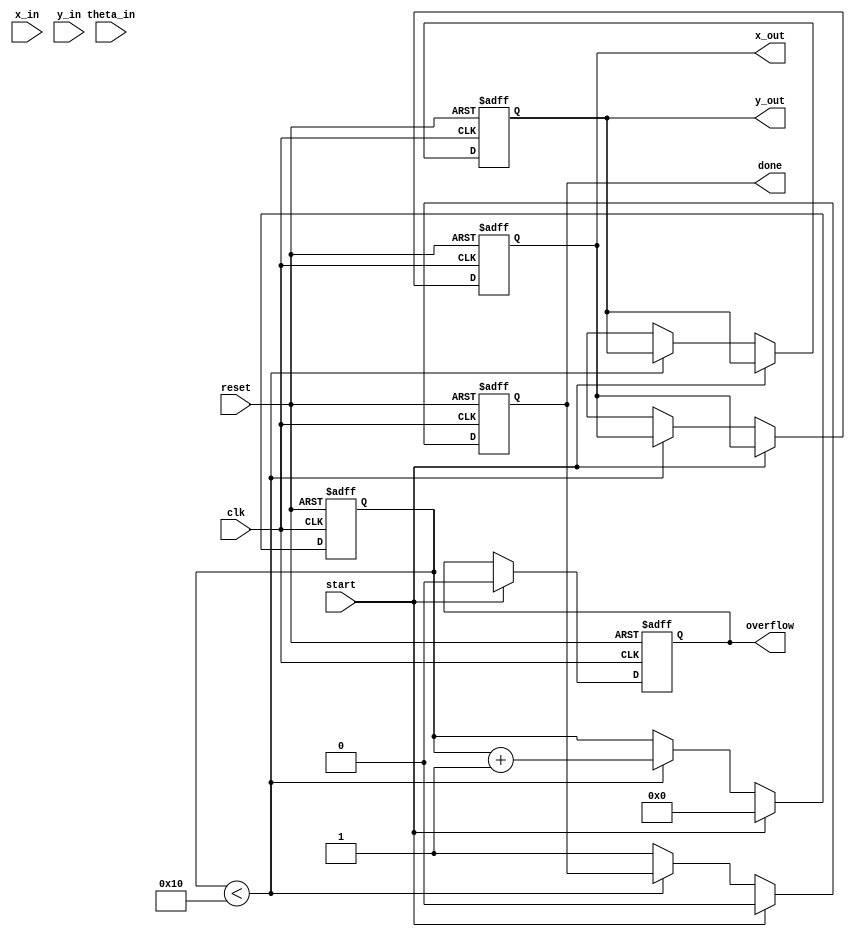
module cordic_2d (
    input clk,
    input reset,
    input start,
    input [15:0] x_in,      // Input x coordinate
    input [15:0] y_in,      // Input y coordinate
    input [15:0] theta_in,  // Input angle in radians (scaled)
    output reg [15:0] x_out, // Output x coordinate
    output reg [15:0] y_out, // Output y coordinate
    output reg done,        // Operation complete flag
    output reg overflow     // Overflow flag
);

    // CORDIC parameters
    parameter NUM_ITERATIONS = 16; // Number of iterations
    reg [15:0] x[0:NUM_ITERATIONS-1]; // x values for each iteration
    reg [15:0] y[0:NUM_ITERATIONS-1]; // y values for each iteration
    reg [15:0] theta[0:NUM_ITERATIONS-1]; // angles for each iteration
    reg [15:0] z; // Current angle
    reg [3:0] iteration; // Iteration counter
    reg direction; // Direction of rotation

    // Pre-computed angles for CORDIC (in fixed point)
    initial begin
        theta[0] = 16'h3243; // atan(1) in fixed point
        theta[1] = 16'h1DAC; // atan(0.5)
        theta[2] = 16'h0F12; // atan(0.25)
        // Add more angles as needed
    end

    // Scaling factor (for normalization)
    parameter SCALING_FACTOR = 16'hB505; // 1/sqrt(2) in fixed point

    // State machine for CORDIC iterations
    always @(posedge clk or posedge reset) begin
        if (reset) begin
            iteration <= 0;
            x_out <= 0;
            y_out <= 0;
            done <= 0;
            overflow <= 0;
        end else if (start) begin
            // Initialize values
            x[0] <= x_in;
            y[0] <= y_in;
            z <= theta_in;
            iteration <= 0;
            done <= 0;
            overflow <= 0;
        end else if (iteration < NUM_ITERATIONS) begin
            // CORDIC rotation logic
            if (z < 0) begin
                // Rotate clockwise
                x[iteration + 1] <= x[iteration] + (y[iteration] >> iteration);
                y[iteration + 1] <= y[iteration] - (x[iteration] >> iteration);
                z <= z + theta[iteration];
                direction <= 1;
            end else begin
                // Rotate counter-clockwise
                x[iteration + 1] <= x[iteration] - (y[iteration] >> iteration);
                y[iteration + 1] <= y[iteration] + (x[iteration] >> iteration);
                z <= z - theta[iteration];
                direction <= 0;
            end
            iteration <= iteration + 1;
        end else begin
            // Final output after all iterations
            x_out <= x[NUM_ITERATIONS];
            y_out <= y[NUM_ITERATIONS];
            done <= 1;
        end
    end

endmodule